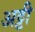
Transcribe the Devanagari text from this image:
अट्टी